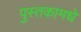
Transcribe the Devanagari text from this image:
पुस्तकामधे